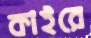
কাইরে